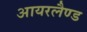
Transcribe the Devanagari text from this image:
आयरलैण्‍ड